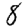
Digit: 1